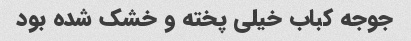
جوجه کباب خیلی پخته و خشک شده بود